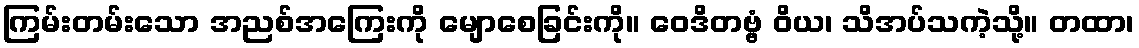
ကြမ်းတမ်းသော အညစ်အကြေးကို မျောစေခြင်းကို။ ဝေဒိတဗ္ဗံ ဝိယ၊ သိအပ်သကဲ့သို့။ တထာ၊